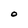
Character: O